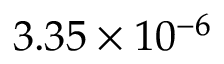
3 . 3 5 \times 1 0 ^ { - 6 }